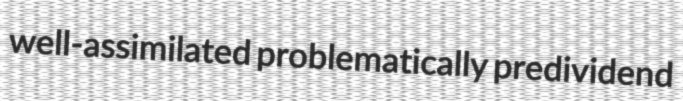
well-assimilated problematically predividend